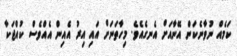
ކަމެއް ނުވާނެކަން އޭނާއަށް އެނގެއެވެ. މިހާތަނަށް އައި އިރު އެއިން އެއްވެސް ކުއްޖަކާ